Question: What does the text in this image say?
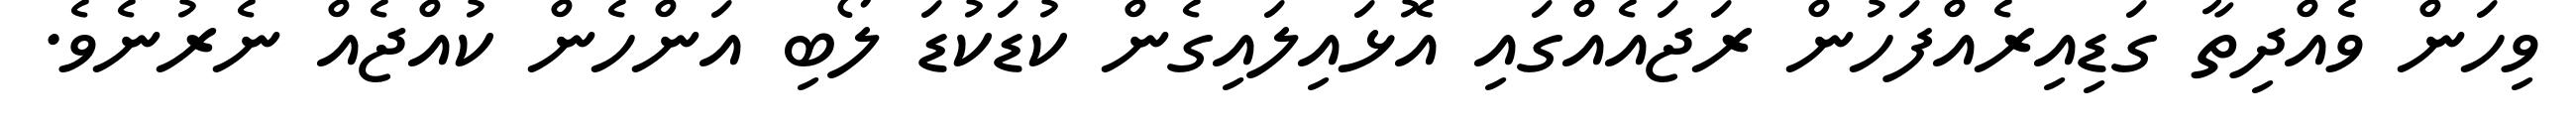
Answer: ވިހަން ވެއްދިތާ ގަޑިއިރެއްފަހުން ރަޖައެއްގައި އޮޅައިލައިގެން ކުޑަކުޑަ ލޯބި އަންހެން ކުއްޖެއް ނެރުނެވެ.